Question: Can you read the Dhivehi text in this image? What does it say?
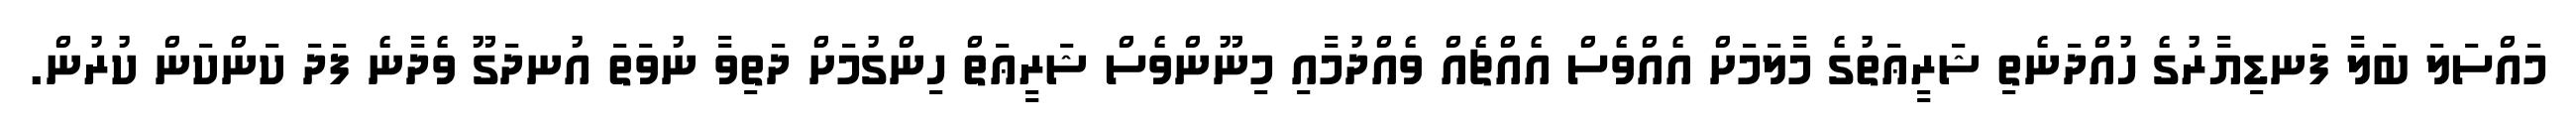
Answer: މައްސަލަ ބަލާ ފަނޑިޔާރުގެ ހުއްދަނެތި ޝަރީޢަތުގެ މާލަމަށް އެއްވެސް އެއްޗެއް ވެއްދުމާއި މިނޫންވެސް ޝަރީޢަތް ހިންގުމަށް ދަތިވާ ނުވަތަ އުނދަގޫ ވެދާނެ ފަދަ ކަންކަން ކުރުން.